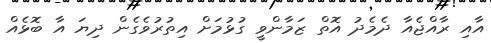
އާއި ރާއްޖެއާ ދެމެދު އޮތް ޒަމާންވީ ގުޅުމަށް އިތުރުވެގެން ދިޔަ އާ ބޮޅެއް